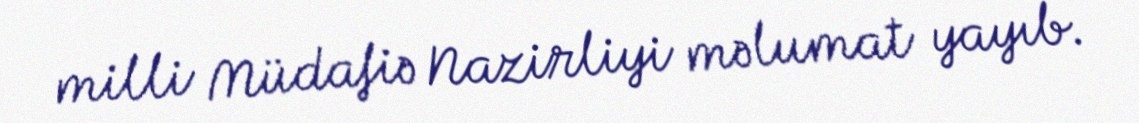
milli Müdafiə Nazirliyi məlumat yayıb.